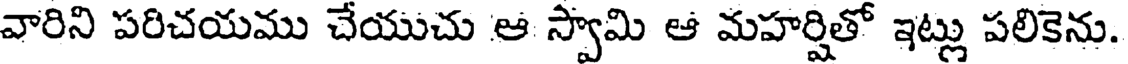
వారిని పరిచయము చేయుచు ఆ స్వామి ఆ మహర్షితో ఇట్లు పలికెను.